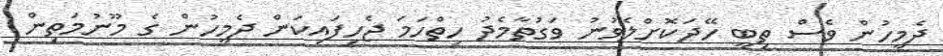
ދެމީހުން ވެސް ތިބީ ހޭދަކޮށްލެވުނު ވަގުތާމެދު ހިތްހަމަ ޖެހިފައިކަން ދެމީހުން ގެ މޫނުމަތިން